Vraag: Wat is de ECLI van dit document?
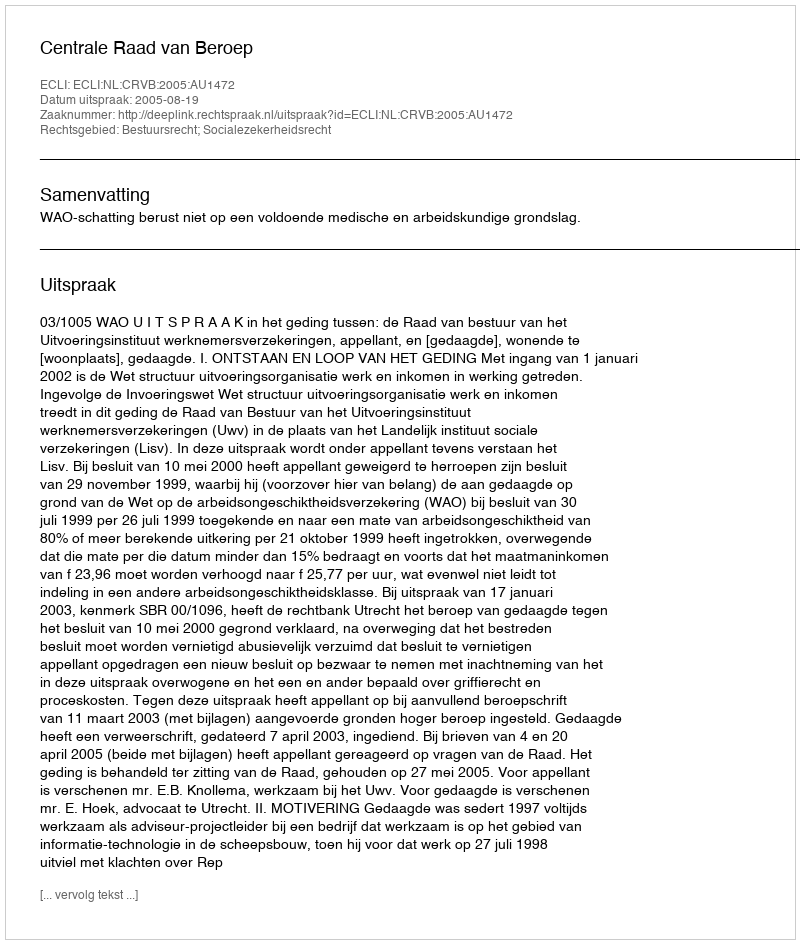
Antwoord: ECLI:NL:CRVB:2005:AU1472